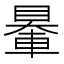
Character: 䡞